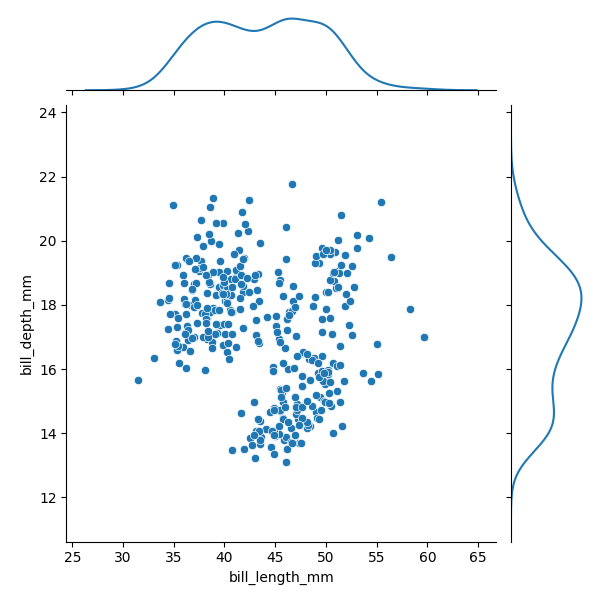
python, seaborn, JointGrid, scatterplot, kdeplot